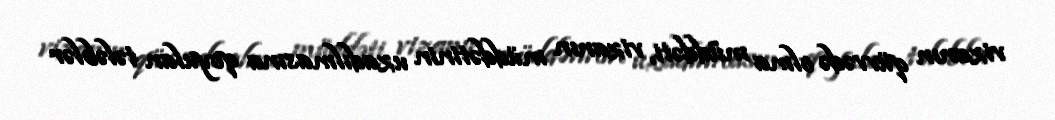
vizanın qüvvədə olma müddəti, vizanın müddətinin uzadılmasına qoyulan tələblər